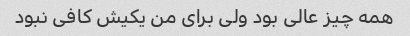
همه چیز عالی بود ولی برای من یکیش کافی نبود